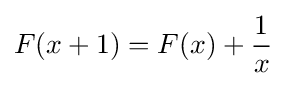
F(x+1)=F(x)+{\frac {1}{x}}